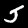
Label: 5